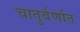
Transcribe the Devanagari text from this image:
चातुर्वर्णात